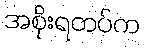
အစိုးရတပ်က